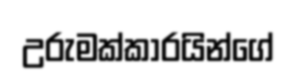
උරුමක්කාරයින්ගේ